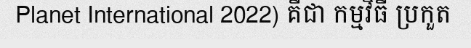
Planet International 2022) គឺជា កម្មវិធី ប្រកួត